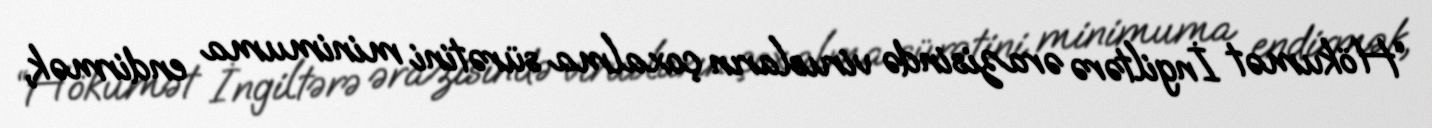
“Hökumət İngiltərə ərazisində virusların çoxalma sürətini minimuma endirmək,